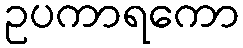
ဥပကာရကော